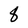
Character: 8